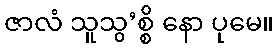
ဇာလံ သူသွ’စ္စိ နော ပုမေ။